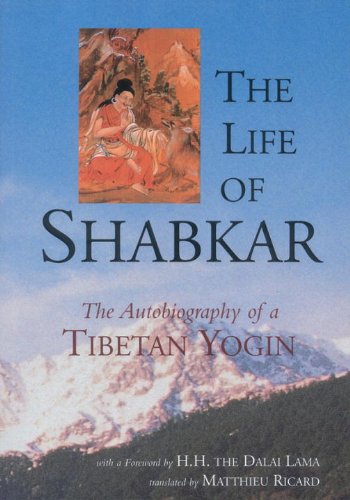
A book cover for The Life of Shabkar: The Autobiography of a Tibetan Yogin; Shabkar Tsogdruk Rangdrol; Religion & Spirituality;